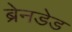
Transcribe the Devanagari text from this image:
ब्रेनडेड